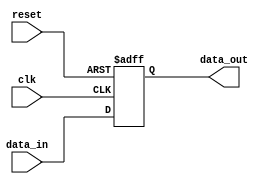
module IOBuffer (
    input wire clk,            // Clock signal
    input wire reset,          // Reset signal
    input wire data_in,        // Input data
    output reg data_out        // Output data
);

    always @ (posedge clk or posedge reset) begin
        if (reset) begin
            data_out <= 1'b0;   // Reset output data
        end else begin
            data_out <= data_in;    // Data transmission
        end
    end

endmodule